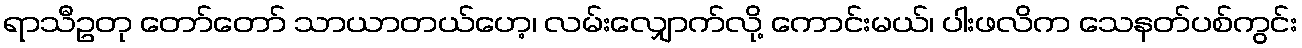
ရာသီဥတု တော်တော် သာယာတယ်ဟေ့၊ လမ်းလျှောက်လို့ ကောင်းမယ်၊ ပါးဖလိက သေနတ်ပစ်ကွင်း